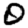
Digit: 0